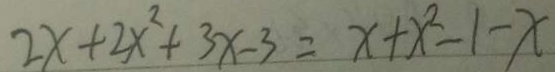
2 x + 2 x ^ { 2 } + 3 x - 3 = x + x ^ { 2 } - 1 - x